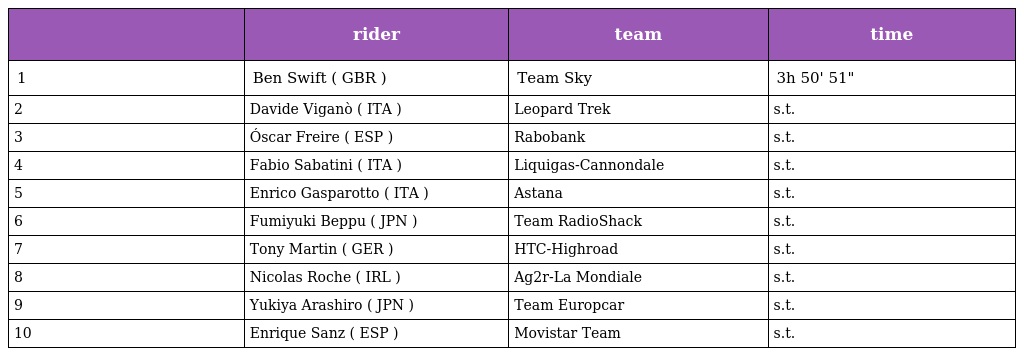
|  | rider | team | time |
 | --- | --- | --- | --- |
 | 1 | Ben Swift ( GBR ) | Team Sky | 3h 50' 51" |
 | 2 | Davide Viganò ( ITA ) | Leopard Trek | s.t. |
 | 3 | Óscar Freire ( ESP ) | Rabobank | s.t. |
 | 4 | Fabio Sabatini ( ITA ) | Liquigas-Cannondale | s.t. |
 | 5 | Enrico Gasparotto ( ITA ) | Astana | s.t. |
 | 6 | Fumiyuki Beppu ( JPN ) | Team RadioShack | s.t. |
 | 7 | Tony Martin ( GER ) | HTC-Highroad | s.t. |
 | 8 | Nicolas Roche ( IRL ) | Ag2r-La Mondiale | s.t. |
 | 9 | Yukiya Arashiro ( JPN ) | Team Europcar | s.t. |
 | 10 | Enrique Sanz ( ESP ) | Movistar Team | s.t. |